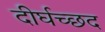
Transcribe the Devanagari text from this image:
दीर्घच्छद